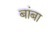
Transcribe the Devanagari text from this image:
बांबा